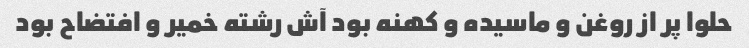
حلوا پر از روغن و ماسیده و کهنه بود آش رشته خمیر و افتضاح بود